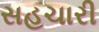
સહચારી